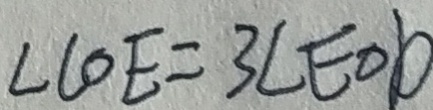
\angle C O E = 3 \angle E O D